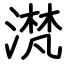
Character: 滼